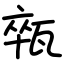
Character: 𤭢